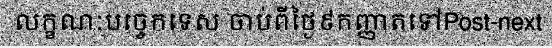
លក្ខណៈបច្ចេកទេស ចាប់ពីថ្ងៃ៩កញ្ញាតទៅPost-next